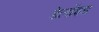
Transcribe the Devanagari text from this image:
डेलॉइड